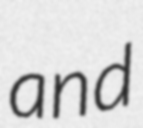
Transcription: and